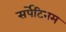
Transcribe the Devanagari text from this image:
सर्पेटिनम